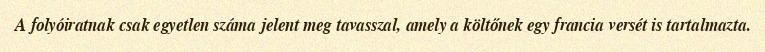
A folyóiratnak csak egyetlen száma jelent meg tavasszal, amely a költőnek egy francia versét is tartalmazta.